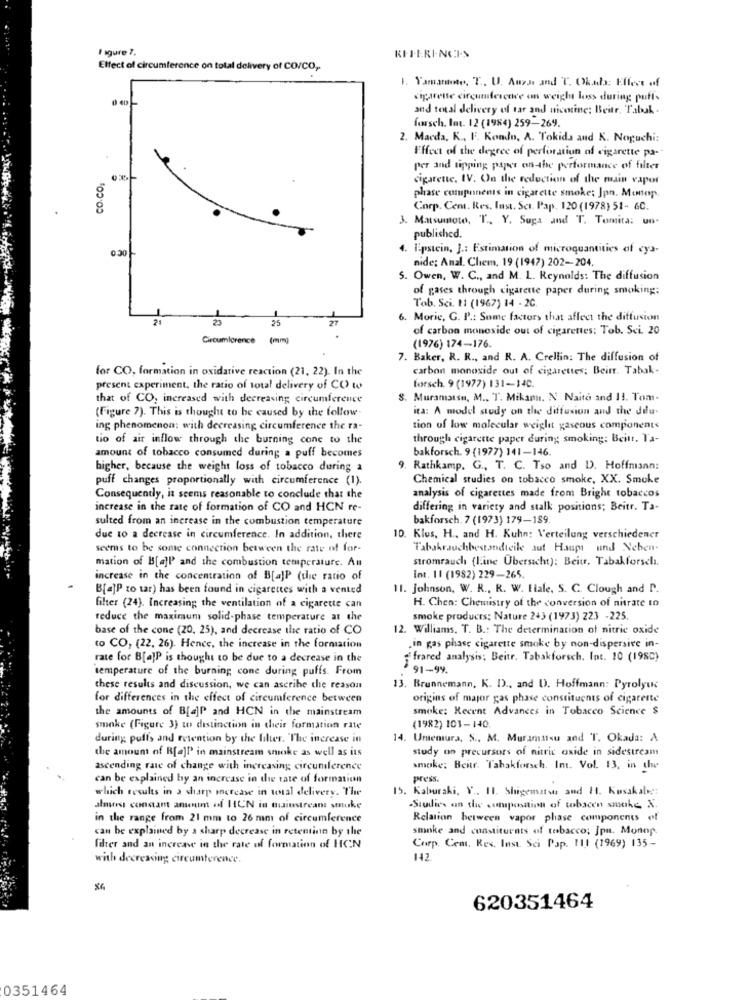
I agure 7.
Effect of circumference on total delivery of CO/CO ,.
1. Yamamoto, T ., U. Aussi and T. Ok.ada: Effect of
cigarette circumference an weight loss during puffs
and total delivery of tar and nicenine; Beite, Tabak .
forsch. Int. 12 (1984) 259-269.
2. Macda, K ., F. Kondo, A. Tokida and K. Noguchi:
Effect of the degree of perforation of cigarette pa-
per and tipping paper on-the performance of filter
CO.CO.
cigarette. IV. On the reduction of the main vapor
phase components in cigarette smoke; Jpn. Monop
Corp. Cem. Res. Inst. Sci. Pap. 120 (1978) 51- 6C.
3. Matsumoto. T ., Y. Suga and T. Tomita: un-
published.
0.30
4. Epstein, J .: Estimation of microquantities of cya-
nide: Anal, Chem, 19 (1947) 202-204.
5. Owen, W. C ., and M. L. Reynolds: The diffusion
of gases through cigarette paper during smoking:
Tob. Sci. 11 (1967) 14 - 2C.
21
23
25
27
6. Moric, G. P .: Some factors that affect the diffusion
of carbon monoxide out of cigarettes: Tob. Sci. 20
Croumlcrence
(mm]
(1976) 174-176.
7. Baker, R. R ., and R. A. Crellin: The diffusion of
for CO, formation in oxidative reaction (21, 22). In the
carbon monoxide out of cigarettes; Beinr. Tabak-
present experiment, the ratio of total delivery of CO to
forsch. 9 (1977) 131-140.
that of CO, increased with decreasing circumference
S. Muramatsu, M ., T. Mikan. N Naito and 11. Tom-
(Figure 7). This is thought to be caused by the follow.
ita: A model study on the diffusion and the dilu-
ing phenomenon; with decreasing circumference the ra-
tion of low molecular weight gaseous component<
tio of air inflow through the burning cone to the
through cigarette paper during; smoking: Beitt. Ta-
bakforsch. 9 (1977) 141-146.
amount of tobacco consumed during a puff becomes
higher, because the weight loss of tobacco during a
9. Rathkamp. G ., T. C. Tso and D. Hoffmann:
puff changes proportionally with circumference (1).
Chemical studies on tobacco smoke, XX. Smoke
Consequently, it seems reasonable to conclude that the
analysis of cigarettes made from Bright tobaccos
increase in the rate of formation of CO and HCN re-
differing in variety and stalk positions; Beitr. Ta-
sulted from an increase in the combustion temperature
bakforsch. 7 (1973) 179-189.
due to a decrease in circumference. In addition, there
10. Klus, H ., and H. Kuhn: Verteilung verschiedener
seems to be some connection between the rate of for-
Tabakrauchbestandteile aut Haupt und Neben-
mation of B[a]P and the combustion temperature. An
stromrauch (line Übersicht): Beitr. Tabakforseli.
increase in the concentration of B[a]P (the ratio of
Int. 11 (1982) 229-265.
B[a]P to tar) has been found in cigarettes with a vented
11. Johnson, W. R ., R. W. Iiale, S. C. Clough and I.
filter (24). Increasing the ventilation of a cigarette can
H. Chen: Chemistry of the conversion of nitrate In
reduce the maximum solid-phase temperature at the
smoke products: Nature 243 (1973) 223 -225.
base of the cone (20, 25), and decrease the ratio of CO
12. Williams, T. B .: The determination of nitric oxide
to CO, (22, 26). Hence, the increase in the formation
.in gas phase cigarette smoke by non-dispersive in-
rate for B[a]P is thought to be due to a decrease in the
frared analysis; Beitr, Tabakforsch. Int. 10 (198C)
temperature of the burning cone during puffs. From
91-99.
these results and discussion, we can ascrihe the reason
13. Brunnemann, K. D) ., and U. Hoffmann: Pyrolyuk
for differences in the effect of circumference between
origins of major gas phase constituents of cigarette
the amounts of B[a]P and HCN in the mainstream
smoke: Recent Advances in Tobacco Science $
smoke (Figure 3) to distinction in their formation rate
(1982) 101-140
during puffs and retention by the filter. The increase in
14. Umemura, S ., M. Muramitsu and T. Okada: A
the amount of R[a]l' in mainstream smoke as well as its
study on precursors of nitric oxide in sidestream
ascending rate of change with increasing circumference
smoke; Beitr. Tahakforsch. Int. Vol. 13, in the
can be explained by an increase in the rate of formation
press.
which results in a sharp increase in total delivery. The
15. Kaburaki, V .. 11. Shigemats and H. Kusakalve:
almost concant ameuim af HCN in Guinstream smuke
.Studies on the composition of tabacen smake X.
in the range from 21 mm to 26 mm of circumference
Relation between vapor phase components of
can be explained by a sharp decrease in retentinn by the
smoke and constituents of tobacco; jpn. Monop.
filter and an increase in the rate of formation of HCN
Corp. Com, Res. Inst. Sci Pap. 111 (1969) 135-
with decreasing circumterence.
142.
620351464
0351464